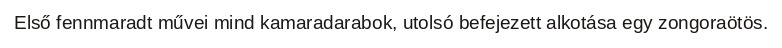
Első fennmaradt művei mind kamaradarabok, utolsó befejezett alkotása egy zongoraötös.